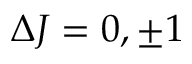
\Delta J = 0 , \pm 1